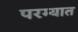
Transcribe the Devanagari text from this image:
परम्यात